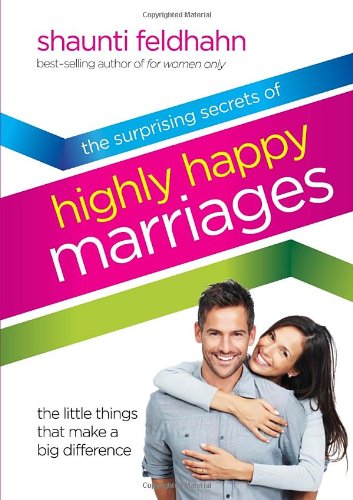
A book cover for The Surprising Secrets of Highly Happy Marriages: The Little Things That Make a Big Difference; Shaunti Feldhahn; Christian Books & Bibles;